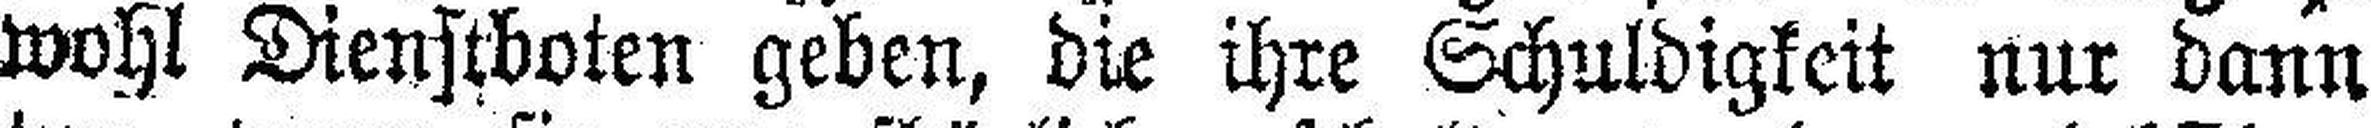
wohl Dienstboten geben, die ihre Schuldigkeit nur dann